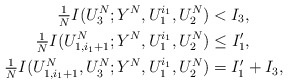
\begin{align*} \tfrac1N I(U_3^N;Y^N,U_1^{i_1},U_2^N) &< I_3, \\ \tfrac1N I(U_{1,i_1+1}^N;Y^N,U_1^{i_1},U_2^N) &\le I_1',\\ \tfrac1N I(U_{1,i_1+1}^N, U_3^N;Y^N,U_1^{i_1},U_2^N) &= I_1' + I_3,\end{align*}